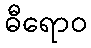
ဓီရောဝ